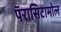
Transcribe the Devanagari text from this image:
पॅरासिटामोल